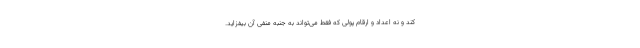
کند و نه اعداد و ارقام پولی که فقط می‌تواند به جنبه منفی آن بیفزاید.